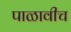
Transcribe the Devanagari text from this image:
पाळावीच